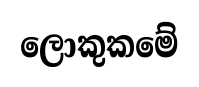
ලොකුකමේ